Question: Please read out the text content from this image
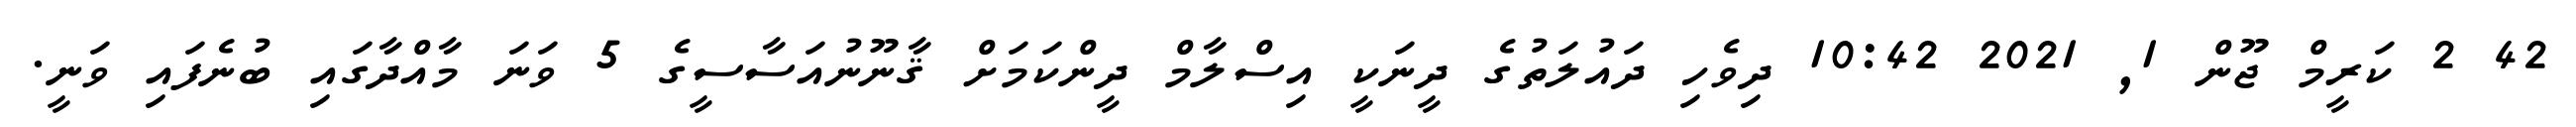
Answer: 42 2 ކަރީމް ޖޫން 1, 2021 10:42 ދިވެހި ދައުލަތުގެ ދީނަކީ އިސްލާމް ދީންކަމަށް ޤާނޫނުއަސާސީގެ 5 ވަނަ މާއްދާގައި ބުނެފައި ވަނީ.